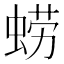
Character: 𮔚